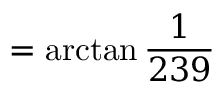
= \arctan { \frac { 1 } { 2 3 9 } }